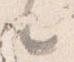
之